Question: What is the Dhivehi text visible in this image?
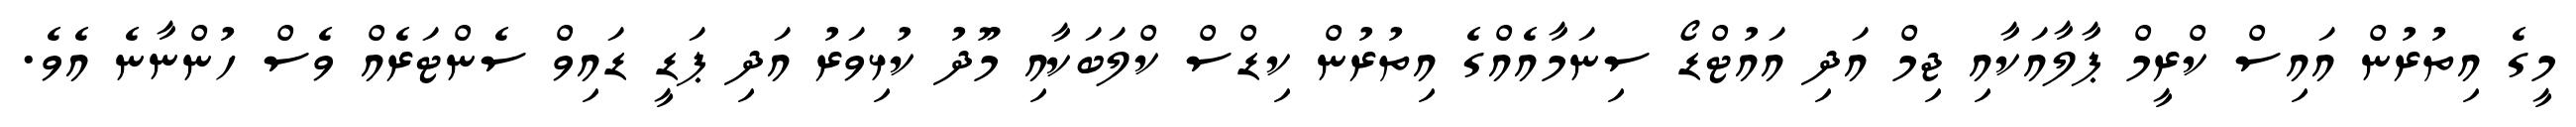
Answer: މީގެ އިތުރުން އައިސް ކްރީމް ޕާލާއަކާއި ޖިމް އަދި އައުޓްޑޯ ސިނަމާއެއްގެ އިތުރުން ކިޑްސް ކްލަބަކާއި މޫދު ކުޅިވަރު އަދި ޕަޑީ ޑައިވް ސެންޓަރެއް ވެސް ހުންނާނެ އެވެ.